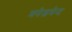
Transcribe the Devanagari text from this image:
मनेजमेन्ट